Senior Leaving Certificate Examination (including Day School Certificate (Higher) General paper), 1949
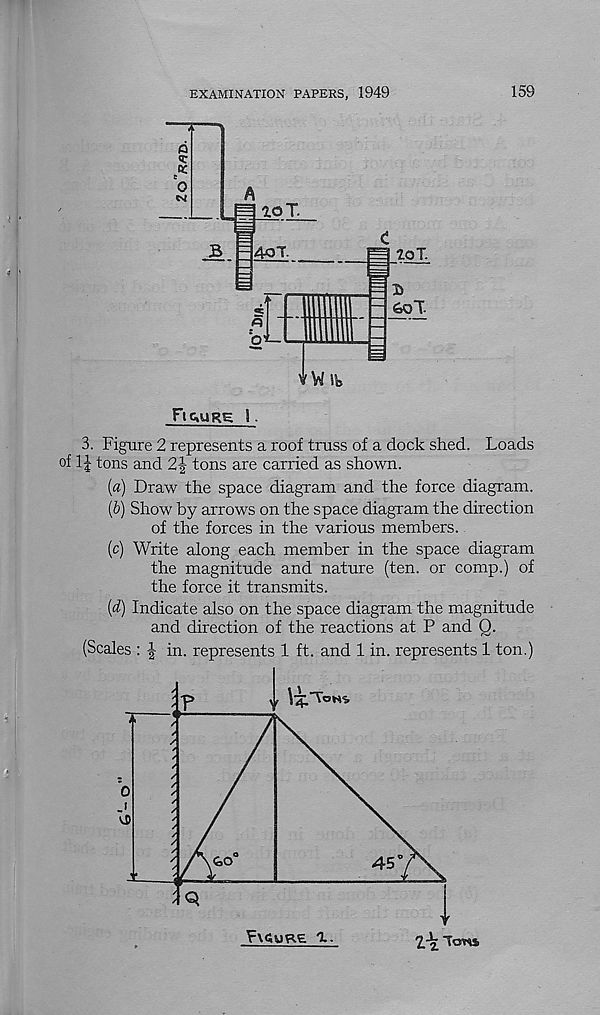
EXAMINATION PAPERS, 1949
159
FtG,URg |.
3. Figure 2 represents a roof truss of a dock shed. Loads
of
tons and 2 J tons are carried as shown.
(a) Draw the space diagram and the force diagram.
ib) Show by arrows on the space diagram the direction
of the forces in the various members.
(c) Write along each member in the space diagram
the magnitude and nature (ten. or comp.) of
the force it transmits.
[d) Indicate also on the space diagram the magnitude
and direction of the reactions at P and Q.
(Scales : J in. represents 1 ft. and 1 in. represents 1 ton.)
1.